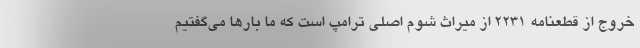
خروج از قطعنامه ۲۲۳۱ از میراث شوم اصلی ترامپ است که ما بارها می‌گفتیم